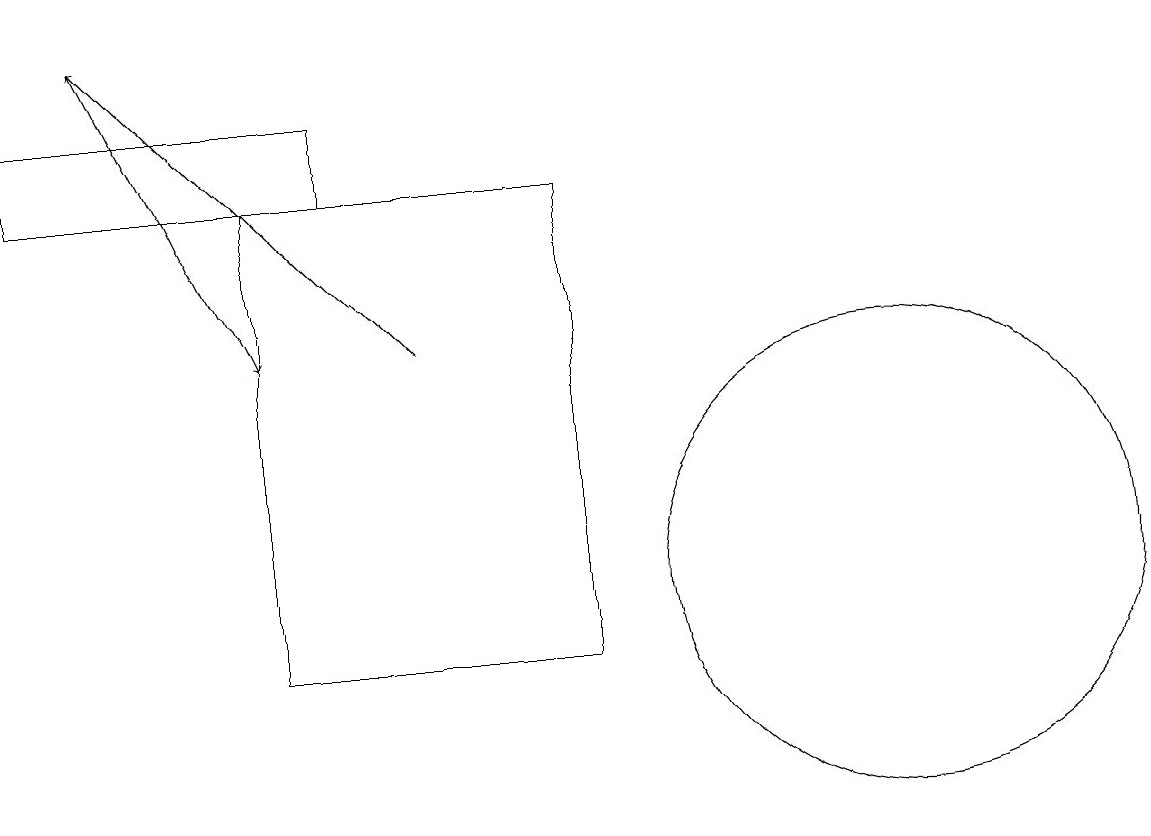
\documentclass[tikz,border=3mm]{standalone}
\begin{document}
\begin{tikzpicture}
\draw (4,17) rectangle (0,16);
\draw[->] (5,14) -- (1,18);
\draw (11,11) circle (3);
\draw (7,10) rectangle (3,16);
\draw[->] (1,18) -- (3,14);
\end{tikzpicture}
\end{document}